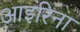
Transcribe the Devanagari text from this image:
आइरिना